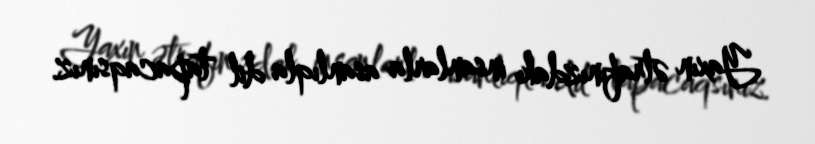
Yaxın ətrafınızdakı insanlarla asanlıqla dil tapacaqsınız.